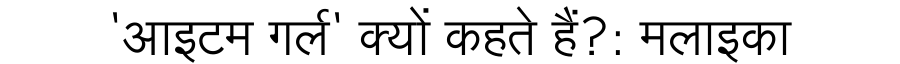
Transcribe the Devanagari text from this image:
'आइटम गर्ल' क्यों कहते हैं?: मलाइका